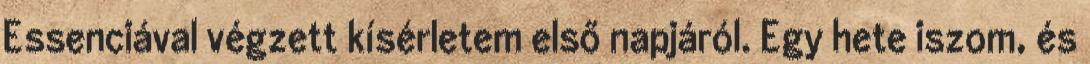
Essenciával végzett kísérletem első napjáról. Egy hete iszom, és